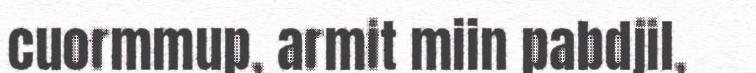
cuormmup, armit miin pabdjil,